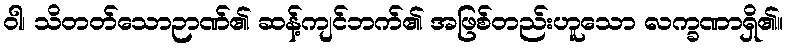
ဝါ၊ သိတတ်သောဉာဏ်၏ ဆန့်ကျင်ဘက်၏ အဖြစ်တည်းဟူသော လက္ခဏာရှိ၏။